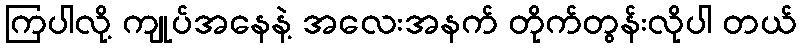
ကြပါလို့ ကျုပ်အနေနဲ့ အလေးအနက် တိုက်တွန်းလိုပါ တယ်